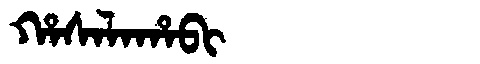
Manchu: ᡥᠠᠰᠠᠯᠠᡥᠠᠪᡳ
Romanization: HASALAHABI